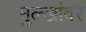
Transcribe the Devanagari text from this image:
मुल्खांवर